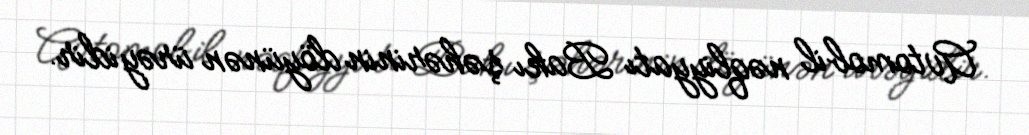
Avtomobil nəqliyyatı Bakı şəhərinin döyünən ürəyidir.